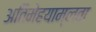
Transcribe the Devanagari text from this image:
अतिमेहयाम्लता